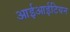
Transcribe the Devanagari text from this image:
आईआईटियन